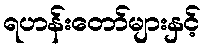
ရဟန်းတော်များနှင့်